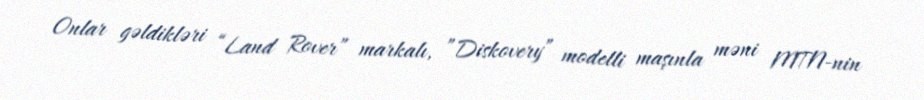
Onlar gəldikləri “Land Rover” markalı, ”Diskovery” modelli maşınla məni MTN-nin